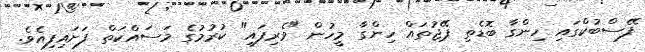
ފޭސްބުކްގައި ހިންގާ ބޮޑެތި ޕޭޖުތައް ހިންގާ މީހުން "ވެރިފައި" ކުރުމުގެ މަސައްކަތް ފަށައިފިއެވެ.